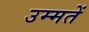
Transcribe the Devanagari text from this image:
उम्मतें